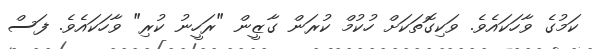
ކަމުގެ ވާހަކައެވެ. ވަކިގޮތަކަށް ހުކުމް ކުރަން ގާޒީން "ރަހީނު ކުރި" ވާހަކައެވެ. ފަސް